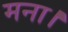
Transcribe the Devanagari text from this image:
मना।